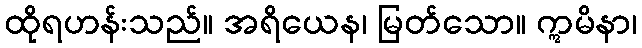
ထိုရဟန်းသည်။ အရိယေန၊ မြတ်သော။ ဣမိနာ၊